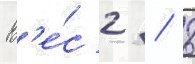
В'е́с 2 / 8